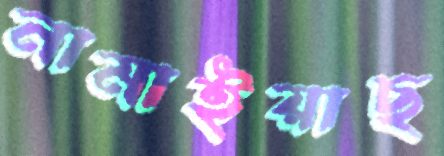
নামাইয়াছ